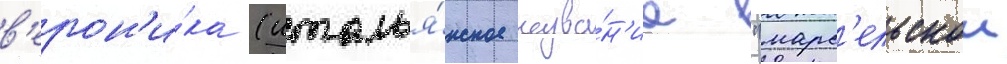
в'ерон'и́ка (италья́нское назва́н'ие "марс'ельскои